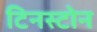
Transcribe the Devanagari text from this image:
टिनस्टोन